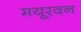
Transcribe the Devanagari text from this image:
मयूरवन